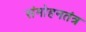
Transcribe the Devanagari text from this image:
संमोहनतंत्र